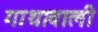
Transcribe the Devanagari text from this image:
गाथावाली